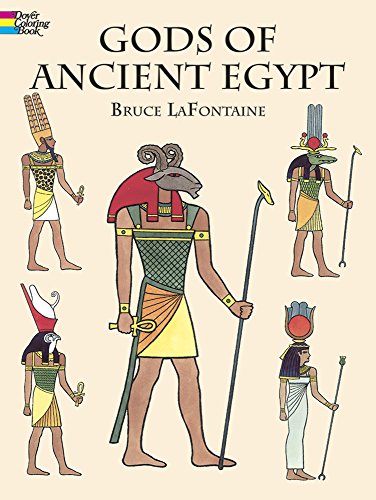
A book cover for Gods of Ancient Egypt (Dover Classic Stories Coloring Book); Bruce LaFontaine; Children's Books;